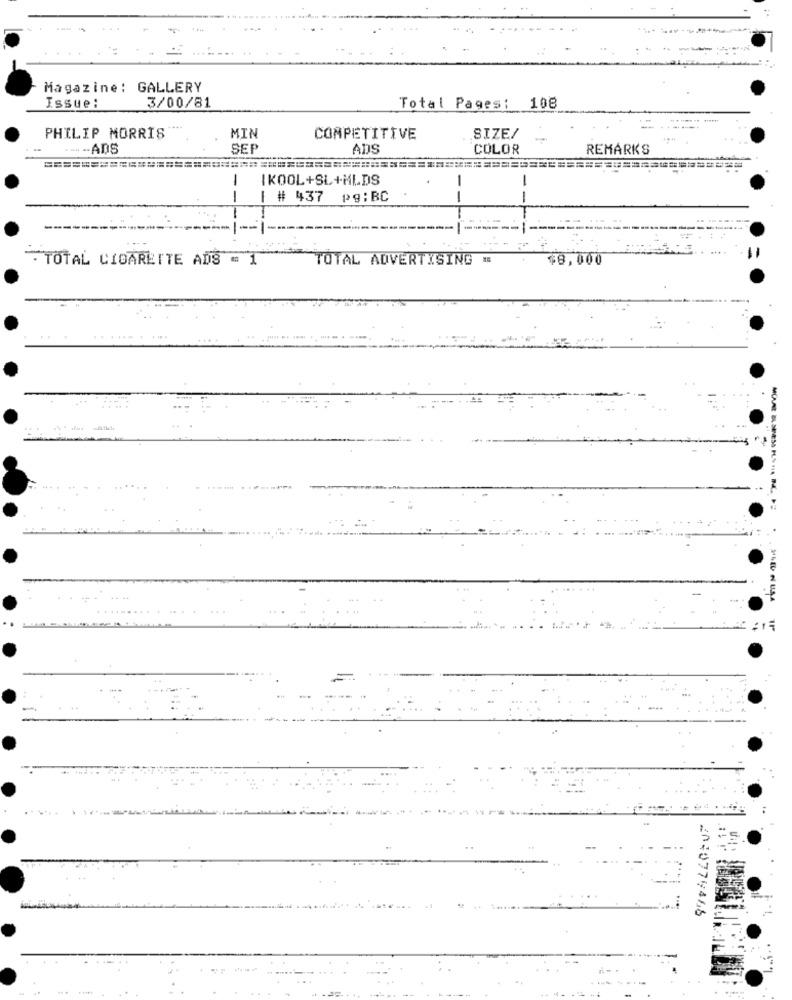
Magazine: GALLERY
Issue:
3/00/81
Total Pages: 108
MIN
SIZE/
PHILIP MORRIS
COMPETITIVE
---
-- ADS
SEP
ADS
COLOR
REMARKS
-
IKOOL+SL+HLDS
-
| # 437 pg:BC
--
--
: TOTAL CIGARETTE ADS = 1
TOTAL ADVERTISING =
$8,000
2040779466